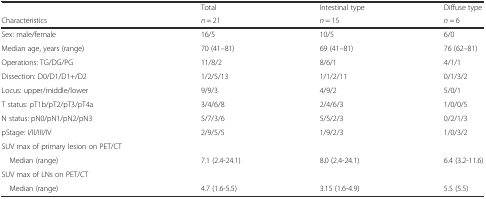
<table><thead><tr><td></td><td><b>Total</b></td><td><b>Intestinal type</b></td><td><b>Diffuse type</b></td></tr><tr><td><b>Characteristics</b></td><td><b><i>n</i> = 21</b></td><td><b><i>n</i> = 15</b></td><td><b><i>n</i> = 6</b></td></tr></thead><tbody><tr><td>Sex: male/female</td><td>16/5</td><td>10/5</td><td>6/0</td></tr><tr><td>Median age, years (range)</td><td>70 (41–81)</td><td>69 (41–81)</td><td>76 (62–81)</td></tr><tr><td>Operations: TG/DG/PG</td><td>11/8/2</td><td>8/6/1</td><td>4/1/1</td></tr><tr><td>Dissection: D0/D1/D1+/D2</td><td>1/2/5/13</td><td>1/1/2/11</td><td>0/1/3/2</td></tr><tr><td>Locus: upper/middle/lower</td><td>9/9/3</td><td>4/9/2</td><td>5/0/1</td></tr><tr><td>T status: pT1b/pT2/pT3/pT4a</td><td>3/4/6/8</td><td>2/4/6/3</td><td>1/0/0/5</td></tr><tr><td>N status: pN0/pN1/pN2/pN3</td><td>5/7/3/6</td><td>5/5/2/3</td><td>0/2/1/3</td></tr><tr><td>pStage: I/II/III/IV</td><td>2/9/5/5</td><td>1/9/2/3</td><td>1/0/3/2</td></tr><tr><td>SUV max of primary lesion on PET/CT</td><td></td><td></td><td></td></tr><tr><td> Median (range)</td><td>7.1 (2.4-24.1)</td><td>8.0 (2.4-24.1)</td><td>6.4 (3.2-11.6)</td></tr><tr><td>SUV max of LNs on PET/CT</td><td></td><td></td><td></td></tr><tr><td> Median (range)</td><td>4.7 (1.6-5.5)</td><td>3.15 (1.6-4.9)</td><td>5.5 (5.5)</td></tr></tbody></table>